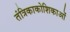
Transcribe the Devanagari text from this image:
तंत्रिकाकोशिकाओं